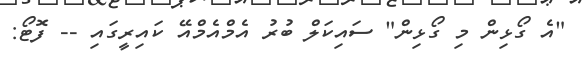
"އެ ގޯޅިން މި ގޯޅިން" ސައިކަލް ބުރު އެމްއެމްއޭ ކައިރީގައި -- ފޮޓޯ: